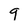
Character: 9